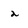
Character: 2